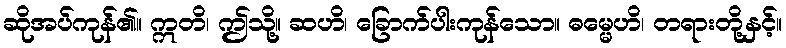
ဆိုအပ်ကုန်၏။ ဣတိ၊ ဤသို့။ ဆဟိ၊ ခြောက်ပါးကုန်သော။ ဓမ္မေဟိ၊ တရားတို့နှင့်။